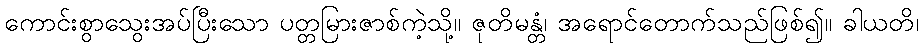
ကောင်းစွာသွေးအပ်ပြီးသော ပတ္တမြားဇာစ်ကဲ့သို့။ ဇုတိမန္တံ၊ အရောင်တောက်သည်ဖြစ်၍။ ခါယတိ၊